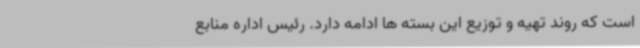
است که روند تهیه و توزیع این بسته ها ادامه دارد. رئیس اداره منابع